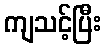
ကျသင့်ပြီး